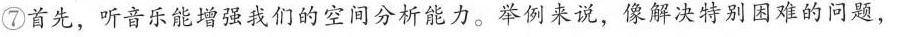
⑦首先，听音乐能增强我们的空间分析能力。举例来说，像解决特别困难的问题，